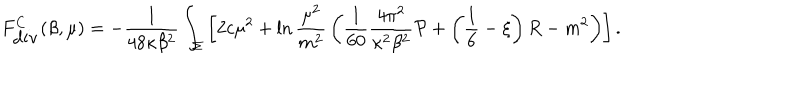
F _ { \mathrm { d i v } } ^ { C } ( \beta , \mu ) = - { \frac { 1 } { 4 8 \kappa \beta ^ { 2 } } } \int _ { \Sigma } \left[ 2 c \mu ^ { 2 } + \ln { \frac { \mu ^ { 2 } } { m ^ { 2 } } } \left( { \frac { 1 } { 6 0 } } { \frac { 4 \pi ^ { 2 } } { \kappa ^ { 2 } \beta ^ { 2 } } } { \cal P } + \left( \frac 1 6 - \xi \right) R - m ^ { 2 } \right) \right] .